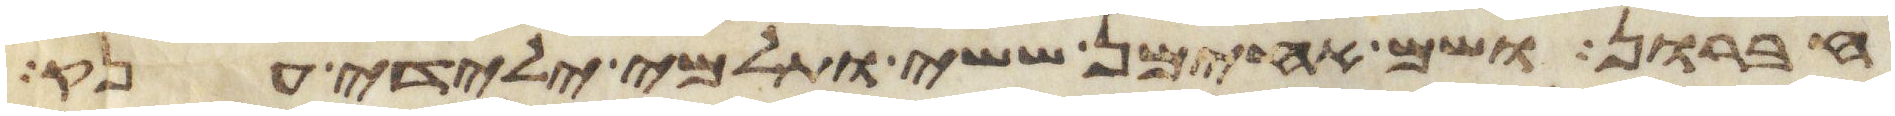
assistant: חברון ושם אחימן ששי ותלמי ילידי ענק